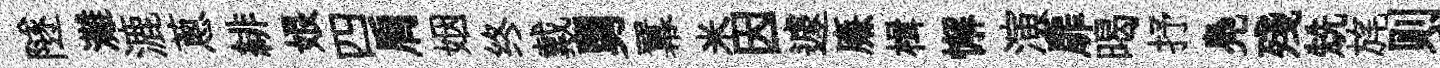
隧灘漉蔥緋娘四肩姻终戴舅羃米因遽㢘楫懈演扉暍抒鳧殘兟旄则乗